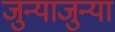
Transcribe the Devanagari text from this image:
जुन्याजुन्या